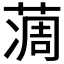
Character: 𦶌